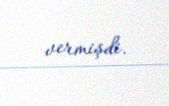
vermişdi.